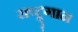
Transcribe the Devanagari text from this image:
राष्ट्र्गान